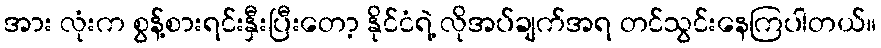
အား လုံးက စွန့်စားရင်းနှီးပြီးတော့ နိုင်ငံရဲ့ လိုအပ်ချက်အရ တင်သွင်းနေကြပါတယ်။